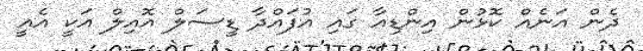
ދެން އަނެއް ކޮޅުން އިންޑިއާ ގައި އުފައްދާ ޑީސަލް އޮއިލް އަކީ އެއީ